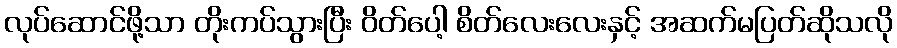
လုပ်ဆောင်ဖို့သာ တိုးကပ်သွားပြီး ဝိတ်ပေါ့ စိတ်လေးလေးနှင့် အဆက်မပြတ်ဆိုသလို